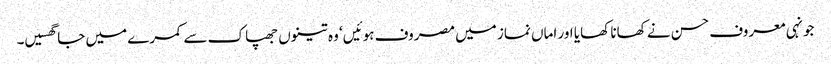
جونہی معروف حسن نے کھانا کھایا اور اماں نماز میں مصروف ہوئیں‘ وہ تینوں جھپاک سے کمرے میں جا گھسیں۔